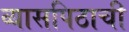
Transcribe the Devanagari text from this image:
व्यासपिठाची